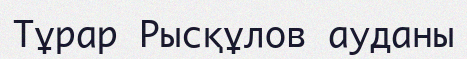
Тұрар Рысқұлов ауданы